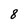
Character: 8